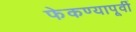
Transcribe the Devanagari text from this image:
फेकण्यापूर्वी